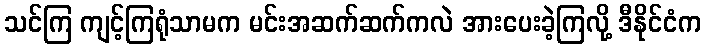
သင်ကြ ကျင့်ကြရုံသာမက မင်းအဆက်ဆက်ကလဲ အားပေးခဲ့ကြလို့ ဒီနိုင်ငံက